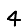
Digit: 4